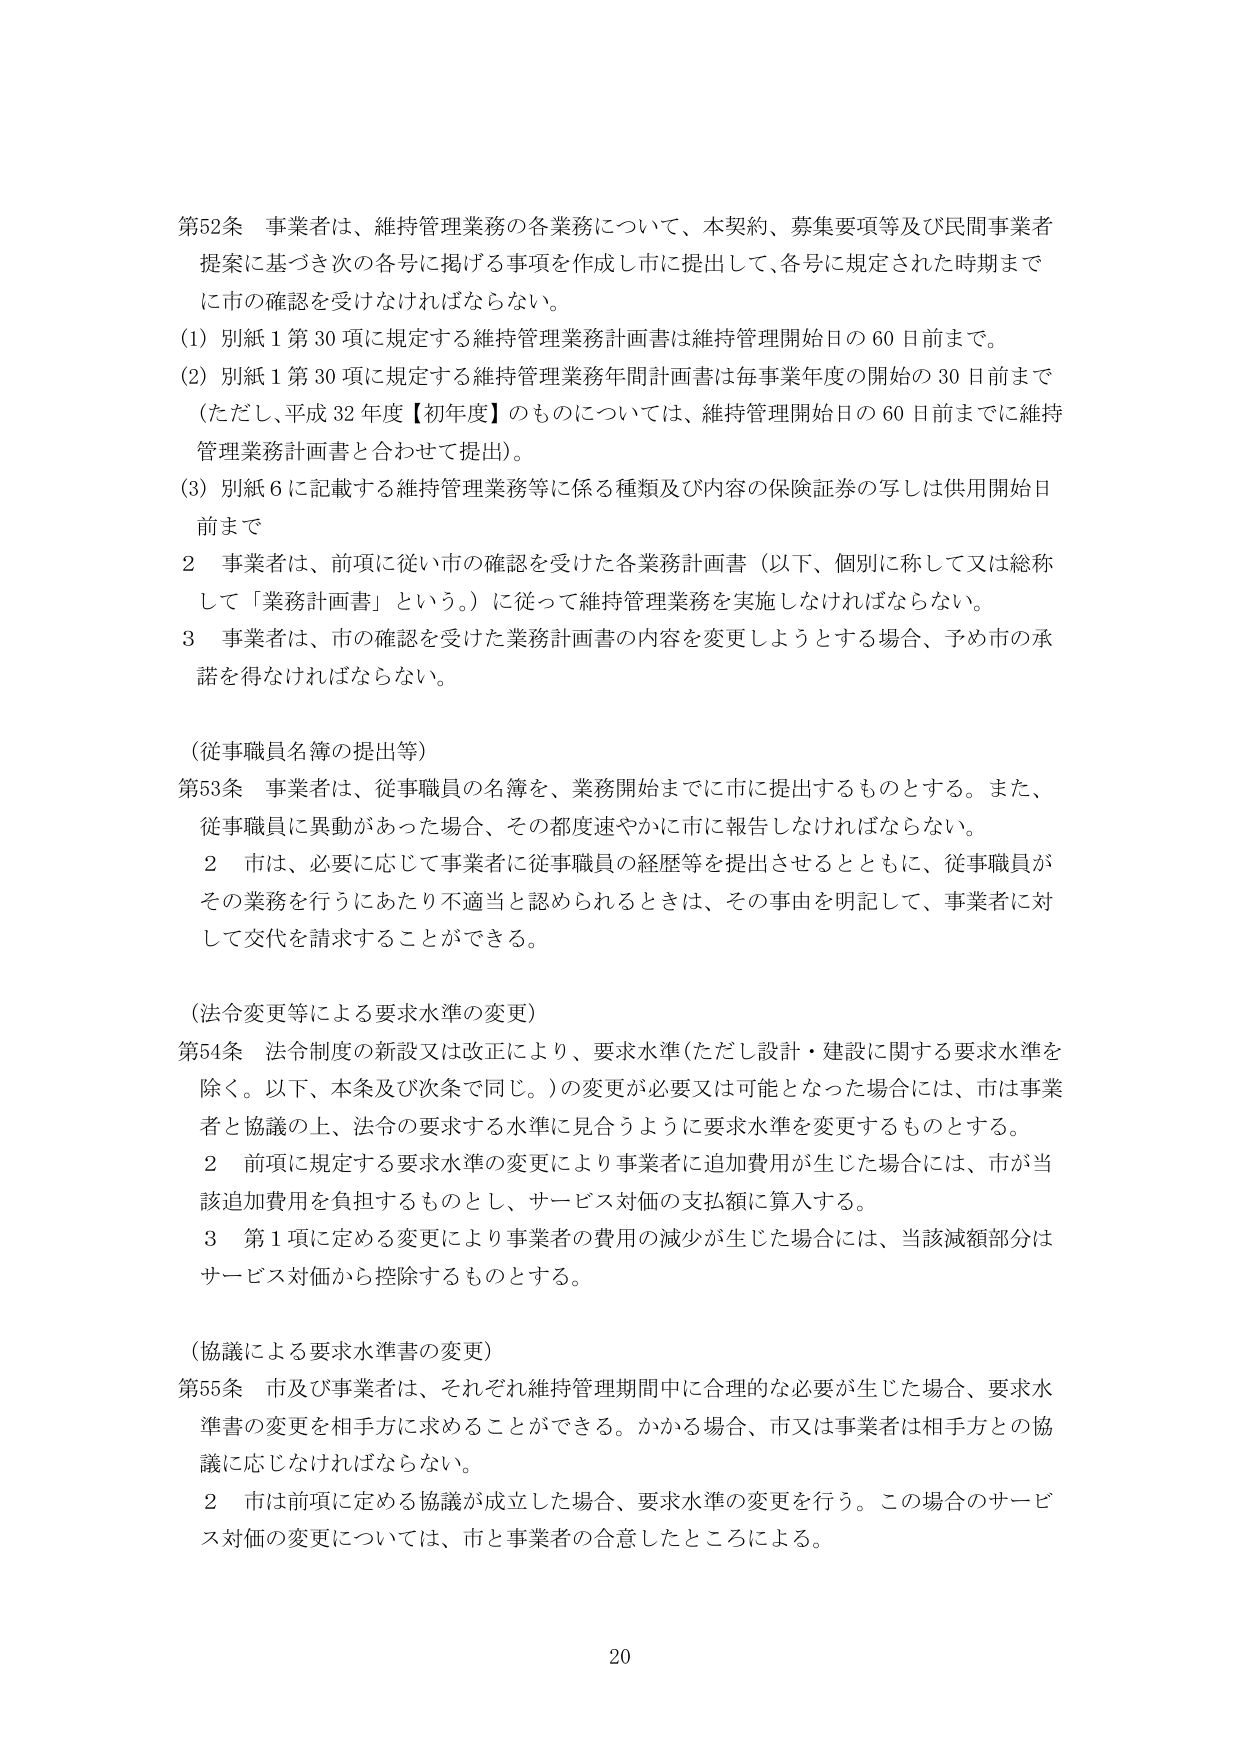
第52条 事業者は、維持管理業務の各業務について、本契約、募集要項等及び民間事業者提案に基づき次の各号に掲げる事項を作成し市に提出して、各号に規定された時期までに市の確認を受けなければならない。

(1) 別紙1第30項に規定する維持管理業務計画書は維持管理開始日の60日前まで。

(2) 別紙1第30項に規定する維持管理業務年間計画書は毎事業年度の開始の30日前まで（ただし、平成32年度【初年度】のものについては、維持管理開始日の60日前までに維持管理業務計画書と合わせて提出）。

(3) 別紙6に記載する維持管理業務等に係る種類及び内容の保険証券の写しは供用開始日前まで

2 事業者は、前項に従い市の確認を受けた各業務計画書（以下、個別に称して又は総称して「業務計画書」という。）に従って維持管理業務を実施しなければならない。

3 事業者は、市の確認を受けた業務計画書の内容を変更しようとする場合、予め市の承諾を得なければならない。

（従事職員名簿の提出等）

第53条 事業者は、従事職員の名簿を、業務開始までに市に提出するものとする。また、従事職員に異動があった場合、その都度速やかに市に報告しなければならない。

2 市は、必要に応じて事業者に従事職員の経歴等を提出させるとともに、従事職員がその業務を行うにあたり不適当と認められるときは、その事由を明記して、事業者に対して交代を請求することができる。

（法令変更等による要求水準の変更）

第54条 法令制度の新設又は改正により、要求水準（ただし設計・建設に関する要求水準を除く。以下、本条及び次条で同じ。）の変更が必要又は可能となった場合には、市は事業者と協議の上、法令の要求する水準に見合うように要求水準を変更するものとする。

2 前項に規定する要求水準の変更により事業者に追加費用が生じた場合には、市が当該追加費用を負担するものとし、サービス対価の支払額に算入する。

3 第1項に定める変更により事業者の費用の減少が生じた場合には、当該減額部分はサービス対価から控除するものとする。

（協議による要求水準書の変更）

第55条 市及び事業者は、それぞれ維持管理期間中に合理的な必要が生じた場合、要求水準書の変更を相手方に求めることができる。かかる場合、市又は事業者は相手方との協議に応じなければならない。

2 市は前項に定める協議が成立した場合、要求水準の変更を行う。この場合のサービス対価の変更については、市と事業者の合意したところによる。

20